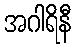
အဂါရိနီ